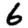
Digit: 6